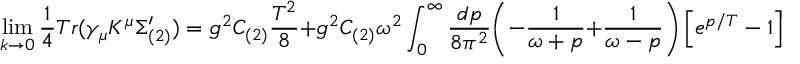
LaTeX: \operatorname * { l i m } _ { k \rightarrow 0 } { \frac { 1 } { 4 } } T r ( \gamma _ { \mu } K ^ { \mu } \Sigma _ { ( 2 ) } ^ { \prime } ) = g ^ { 2 } C _ { ( 2 ) } { \frac { T ^ { 2 } } { 8 } } + g ^ { 2 } C _ { ( 2 ) } \omega ^ { 2 } \int _ { 0 } ^ { \infty } { \frac { d p } { 8 \pi ^ { 2 } } } \biggl ( - { \frac { 1 } { \omega + p } } + { \frac { 1 } { \omega - p } } \biggr ) \left[ e ^ { p / T } - 1 \right] ^ { - 1 }